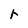
Character: r